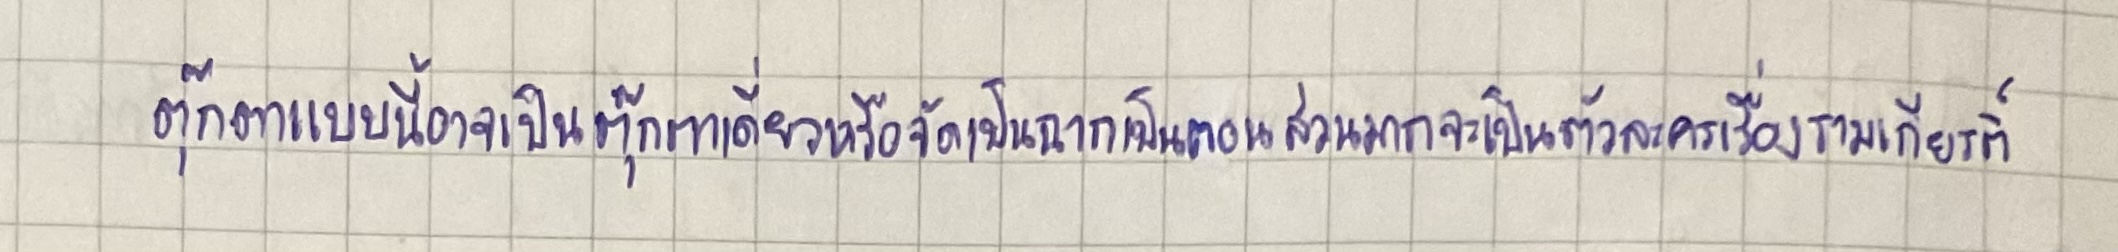
ตุ๊กตาแบบนี้อาจเป็นตุ๊กตาเดี่ยวหรือจัดเป็นฉากเป็นตอนส่วนมากจะเป็นตัวละครเรื่องรามเกียรติ์